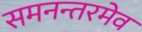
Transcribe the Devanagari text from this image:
समनन्तरमेव